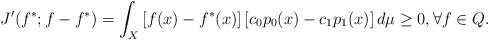
\begin{align*}J'(f^*;f-f^*)=\int_X\left[f(x)-f^*(x)\right]\left[c_0 p_0(x)-c_1p_1(x)\right]d\mu \ge 0, \forall f\in Q.\end{align*}